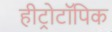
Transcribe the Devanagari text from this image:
हीट्रोटॉपिक